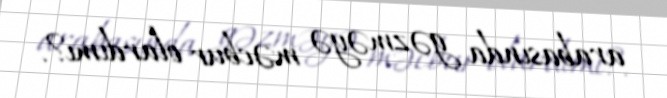
arabasında gəzməyə məcbur olardımı?.